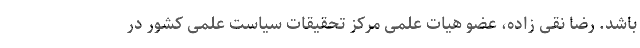
باشد. رضا نقی زاده، عضو هیات علمی مرکز تحقیقات سیاست علمی کشور در